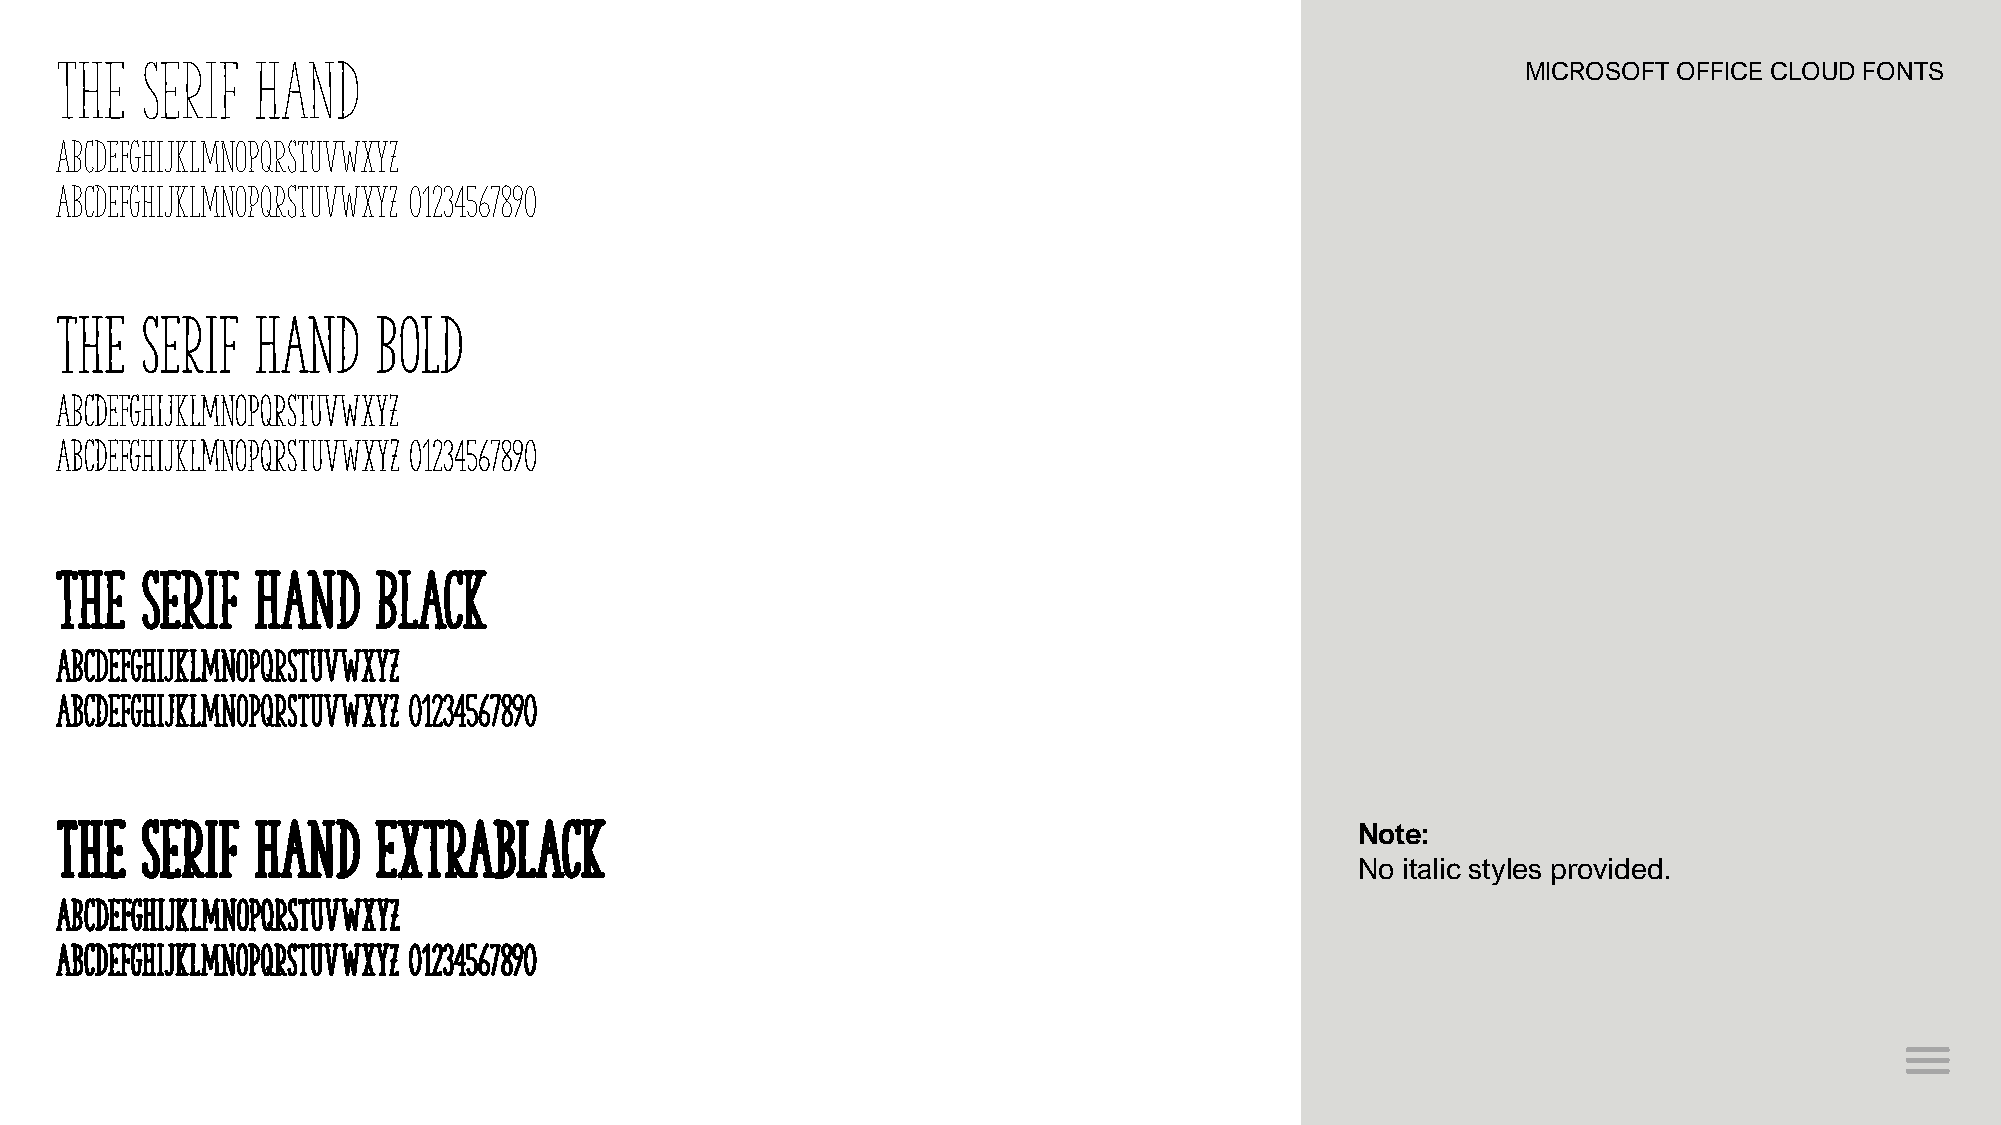
The  Serif   Hand                                                                                MICROSOFT OFFICE CLOUD FONTS
 ABCDEFGHIJKLMNOPQRSTUVWXYZ
 abcdefghijklmnopqrstuvwxyz 01234567890
 The  Serif   Hand    Bold
 ABCDEFGHIJKLMNOPQRSTUVWXYZ
 abcdefghijklmnopqrstuvwxyz 01234567890
 The  Serif   Hand    Black
 ABCDEFGHIJKLMNOPQRSTUVWXYZ
 abcdefghijklmnopqrstuvwxyz 01234567890
 The  Serif   Hand    Extrablack                                                       Note:
 No italic styles provided.
 ABCDEFGHIJKLMNOPQRSTUVWXYZ
 abcdefghijklmnopqrstuvwxyz 01234567890